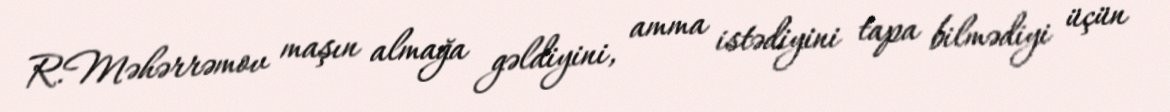
R.Məhərrəmov maşın almağa gəldiyini, amma istədiyini tapa bilmədiyi üçün